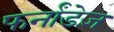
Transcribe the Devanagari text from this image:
फर्नांडेज़